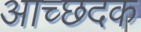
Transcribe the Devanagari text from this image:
आच्छदक